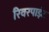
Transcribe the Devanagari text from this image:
रिवरपाइंट